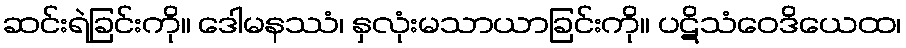
ဆင်းရဲခြင်းကို။ ဒေါမနဿံ၊ နှလုံးမသာယာခြင်းကို။ ပဋိသံဝေဒိယေထ၊